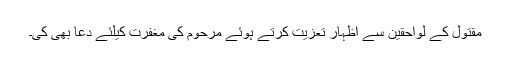
مقتول کے لواحقین سے اظہار تعزیت کرتے ہوئے مرحوم کی مغفرت کیلئے دعا بھی کی۔